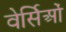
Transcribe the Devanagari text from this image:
वेर्सिओं